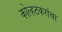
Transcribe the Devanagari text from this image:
कोल्हटकरांचा